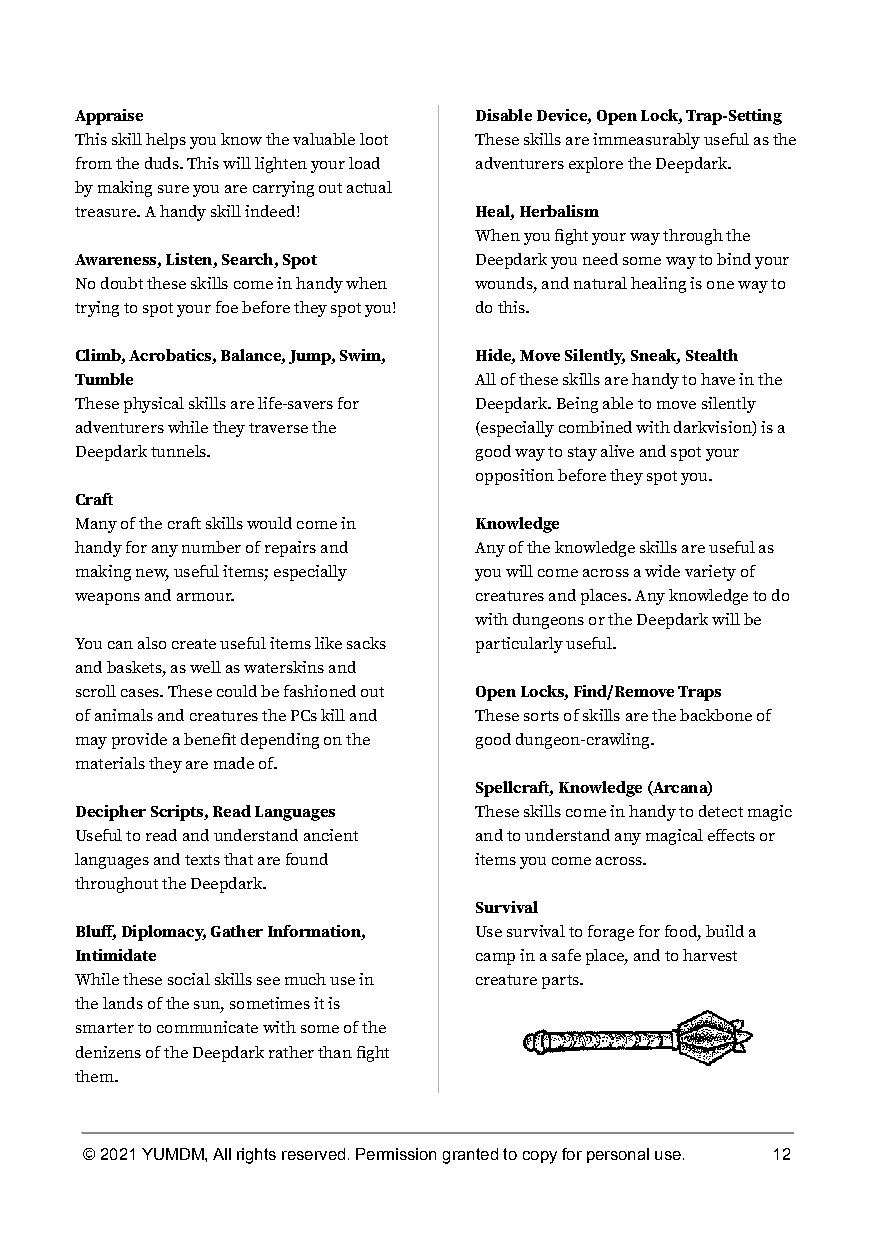
Appraise                  Disable Device, Open Lock, Trap-Setting
 This skill helps you know the valuable loot These skills are immeasurably useful as the
 from the duds. This will lighten your load adventurers explore the Deepdark.
 by making sure you are carrying out actual
 treasure. A handy skill indeed! Heal, Herbalism
 When you fight your way through the
 Awareness, Listen, Search, Spot Deepdark you need some way to bind your
 No doubt these skills come in handy when wounds, and natural healing is one way to
 trying to spot your foe before they spot you! do this.
 Climb, Acrobatics, Balance, Jump, Swim, Hide, Move Silently, Sneak, Stealth
 Tumble                    All of these skills are handy to have in the
 These physical skills are life-savers for Deepdark. Being able to move silently
 adventurers while they traverse the (especially combined with darkvision) is a
 Deepdark tunnels.         good way to stay alive and spot your
 opposition before they spot you.
 Cra
 Many of the cra skills would come in Knowledge
 handy for any number of repairs and Any of the knowledge skills are useful as
 making new, useful items; especially you will come across a wide variety of
 weapons and armour.       creatures and places. Any knowledge to do
 with dungeons or the Deepdark will be
 You can also create useful items like sacks particularly useful.
 and baskets, as well as waterskins and
 scroll cases. These could be fashioned out Open Locks, Find/Remove Traps
 of animals and creatures the PCs kill and These sorts of skills are the backbone of
 may provide a benefit depending on the good dungeon-crawling.
 materials they are made of.
 Spellcra, Knowledge (Arcana)
 Decipher Scripts, Read Languages These skills come in handy to detect magic
 Useful to read and understand ancient and to understand any magical effects or
 languages and texts that are found items you come across.
 throughout the Deepdark.
 Survival
 Bluff, Diplomacy, Gather Information, Use survival to forage for food, build a
 Intimidate                camp in a safe place, and to harvest
 While these social skills see much use in creature parts.
 the lands of the sun, sometimes it is
 smarter to communicate with some of the
 denizens of the Deepdark rather than fight
 them.
 © 2021 YUMDM, All rights reserved. Permission granted to copy for personal use. 12